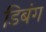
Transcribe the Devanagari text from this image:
डिबंग